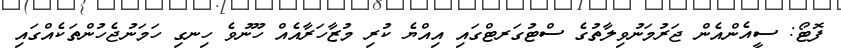
ފޮޓޯ: ސީއެންއެން ޖަރުމަނުވިލާތުގެ ސްޓުގަރޓްގައި އިއްޔެ ކުރި މުޒާހަރާއެއް ހޫނުވެ ހިނގި ހަމަނުޖެހުންތަކެއްގައި